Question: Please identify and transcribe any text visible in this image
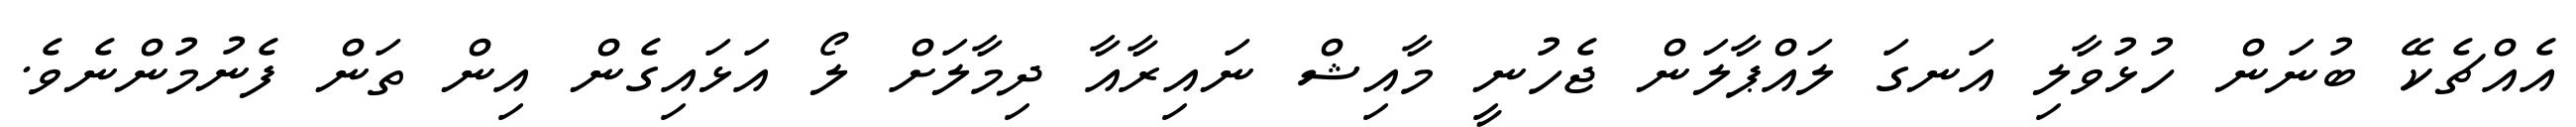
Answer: އެއްޗެކޭ ބުނަން ހުޅުވާލި އަނގަ ލައްޕާލަން ޖެހުނީ މާއިޝް ނައިރާއާ ދިމާލަށް ލޯ އަޅައިގެން އިން ތަން ފެނުމުންނެވެ.